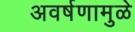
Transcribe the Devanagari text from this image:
अवर्षणामुळे